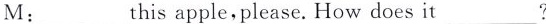
M:___this apple,please. How does it___?